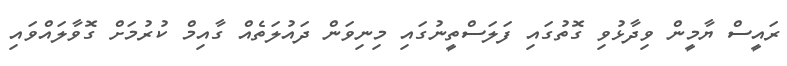
ރައީސް ޔާމީން ވިދާޅުވި ގޮތުގައި ފަލަސްތީނުގައި މިނިވަން ދައުލަތެއް ގާއިމް ކުރުމަށް ގޮވާލައްވައި